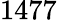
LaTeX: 1477